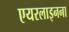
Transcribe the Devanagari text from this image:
एयरलाइनना